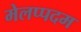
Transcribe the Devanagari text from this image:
मेलप्पदम